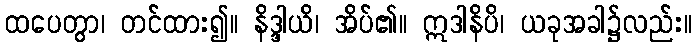
ထပေတွာ၊ တင်ထား၍။ နိဒ္ဒါယိ၊ အိပ်၏။ ဣဒါနိပိ၊ ယခုအခါ၌လည်း။